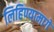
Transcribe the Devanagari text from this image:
लिहिण्यामागे